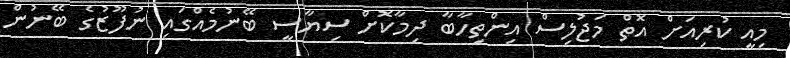
މިއީ ކުރިއަށް އޮތް މަޖުލިސް އިންތިހާބާ ދިމާކޮށް ސިޔާސީ ބޭނުމެއްގައި ނުފޫޒުގެ ބޭނުން